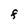
Character: F